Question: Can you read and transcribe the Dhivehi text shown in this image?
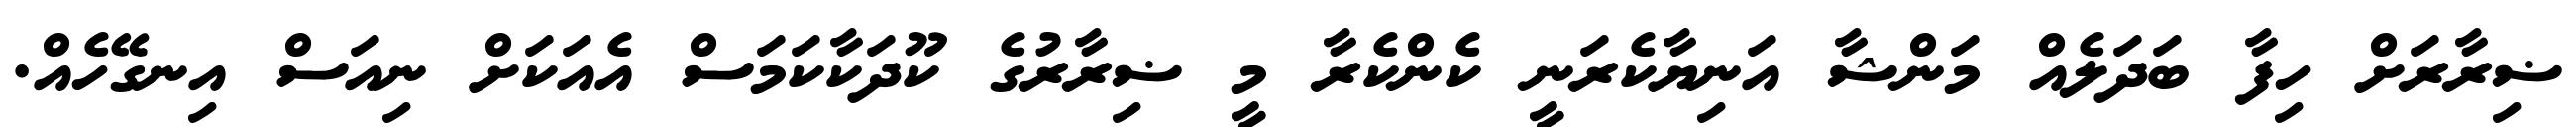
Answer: ޟިރާރަށް ހިފާ ބަދަލެއް މަންޝާ އަނިޔާކެރަނީ ކެންކެރާ މީ ޟިރާރުގެ ކޫދަކާކަމަސް އެއަކަށް ނިއަސް އިނގޭހެއް.